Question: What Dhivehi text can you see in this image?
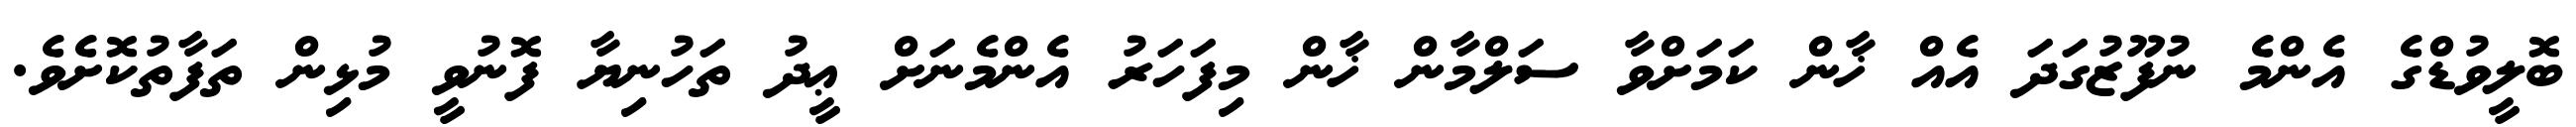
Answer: ބޮލީވުޑްގެ އެންމެ ނުފޫޒުގަދަ އެއް ޚާން ކަމަށްވާ ސަލްމާން ޚާން މިފަހަރު އެންމެނަށް ޢީދު ތަހުނިޔާ ފޮނުވީ މުޅިން ތަފާތުކޮށެވެ.